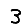
Digit: 3